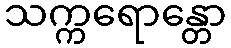
သက္ကရောန္တော